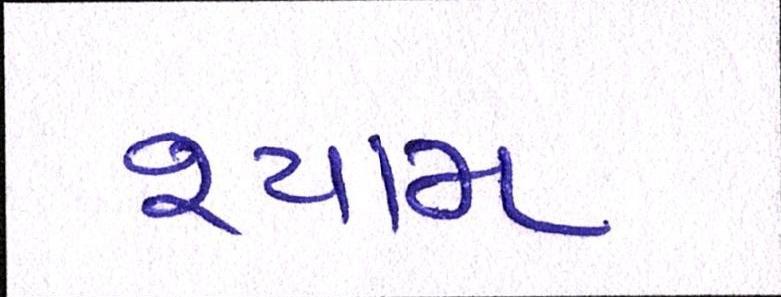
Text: શ્યામ